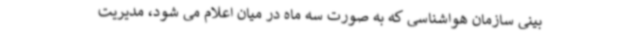
بینی سازمان هواشناسی که به صورت سه ماه در میان اعلام می شود، مدیریت